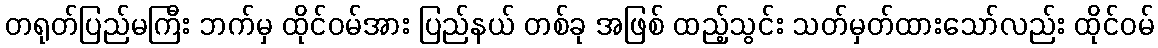
တရုတ်ပြည်မကြီး ဘက်မှ ထိုင်ဝမ်အား ပြည်နယ် တစ်ခု အဖြစ် ထည့်သွင်း သတ်မှတ်ထားသော်လည်း ထိုင်ဝမ်